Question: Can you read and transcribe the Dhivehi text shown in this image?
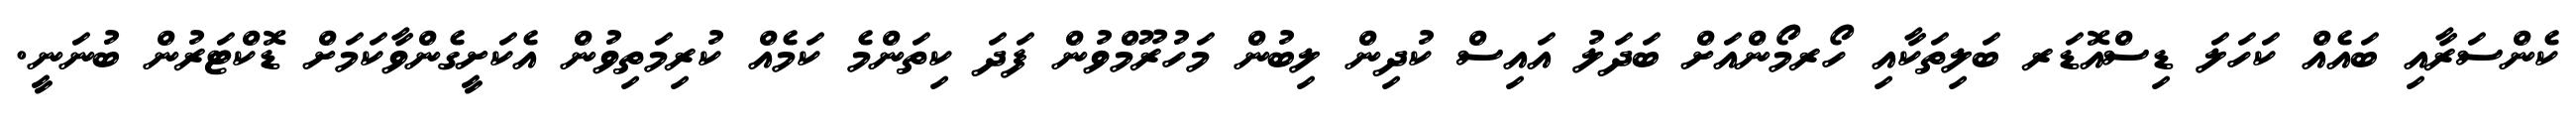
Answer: ކެންސަރާއި ބައެއް ކަހަލަ ޑިސްއޮޑަރ ބަލިތަކާއި ހޯރމޯންއަށް ބަދަލު އައިސް ކުދިން ލިބުން މަހުރޫމްވުން ފަދަ ކިތަންމެ ކަމެއް ކުރިމަތިވުން އެކަށީގެންވާކަމަށް ޑޮކްޓަރުން ބުނަނީ.